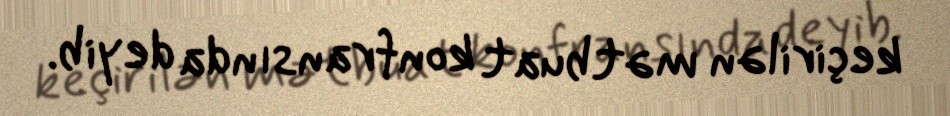
keçirilən mətbuat konfransında deyib.